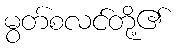
မွတ်စလင်တို့၏